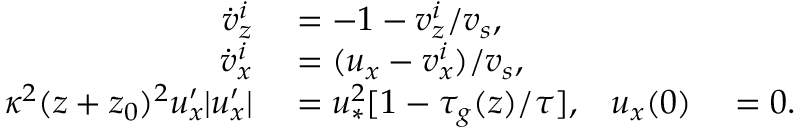
\begin{array} { r l r l } { \dot { v } _ { z } ^ { i } } & { { } = - 1 - v _ { z } ^ { i } / v _ { s } , } \\ { \dot { v } _ { x } ^ { i } } & { { } = ( u _ { x } - v _ { x } ^ { i } ) / v _ { s } , } \\ { \kappa ^ { 2 } ( z + z _ { 0 } ) ^ { 2 } u _ { x } ^ { \prime } | u _ { x } ^ { \prime } | } & { { } = u _ { \ast } ^ { 2 } [ 1 - \tau _ { g } ( z ) / \tau ] , } & { u _ { x } ( 0 ) } & { { } = 0 . } \end{array}